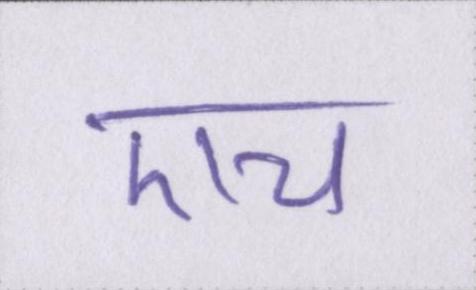
एच